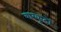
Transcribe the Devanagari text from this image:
बारकूटों